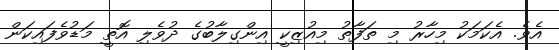
އެވެ. އެކަމަކު މިހާރު މި ތަފާތު މިއުޒިކީ އިންގިލާބުގެ ދުވެލި އޮތީ މަޑުވެފައިކަން